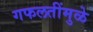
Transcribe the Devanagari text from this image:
गफलतींमुळे